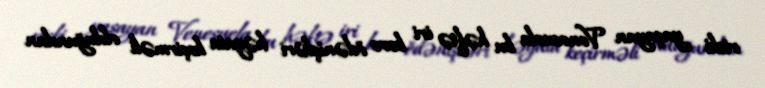
riski yaşayan Venesuela bu həftə iri borc ödənişləri həyata keçirməli olduğundan